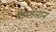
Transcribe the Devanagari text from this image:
मोग्गलान